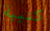
كتيبة